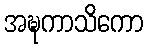
အဍ္ဎကာသိကော